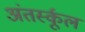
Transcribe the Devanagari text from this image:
अंतर्स्कूल